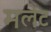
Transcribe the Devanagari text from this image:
मलेट